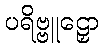
ပရိဗ္ဗူဠှော